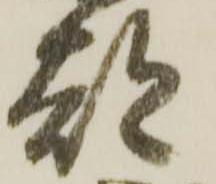
都